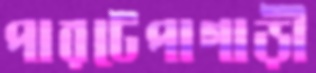
পারটেপাগাড়ী